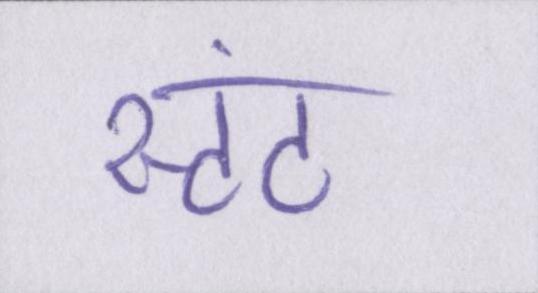
स्टंट